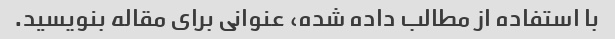
با استفاده از مطالب داده شده، عنوانی برای مقاله بنویسید.